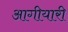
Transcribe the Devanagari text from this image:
आगीयारी